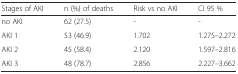
<table><thead><tr><td><b>Stages of AKI</b></td><td><b>n (%) of deaths</b></td><td><b>Risk vs no AKI</b></td><td><b>CI 95 %</b></td></tr></thead><tbody><tr><td>no AKI</td><td>62 (27.5)</td><td>-</td><td>-</td></tr><tr><td>AKI 1</td><td>53 (46.9)</td><td>1.702</td><td>1.275–2.272</td></tr><tr><td>AKI 2</td><td>45 (58.4)</td><td>2.120</td><td>1.597–2.816</td></tr><tr><td>AKI 3</td><td>48 (78.7)</td><td>2.856</td><td>2.227–3.662</td></tr></tbody></table>